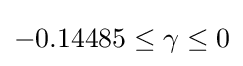
-0.14485\leq \gamma \leq 0